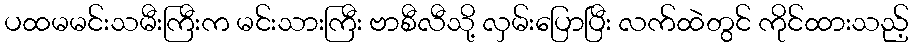
ပထမမင်းသမီးကြီးက မင်းသားကြီး ဗာစီလီသို့ လှမ်းပြောပြီး လက်ထဲတွင် ကိုင်ထားသည့်